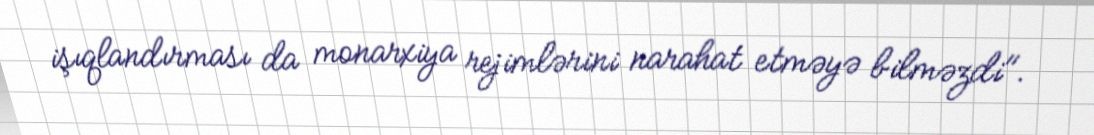
işıqlandırması da monarxiya rejimlərini narahat etməyə bilməzdi".